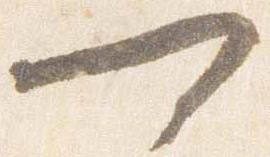
可